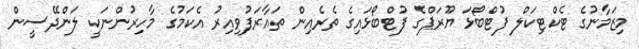
މިޒަމާނުގެ ޓެކްޓިކަލް ފުޓްބޯޅަ ޔޫރަޕްގެ ފުޓްބޯޅައިގެ ތެރެއިން ތައާރަފުވިއިރު އެކަމުގެ މާހިރުންނަކީ ލަންދޭސީން